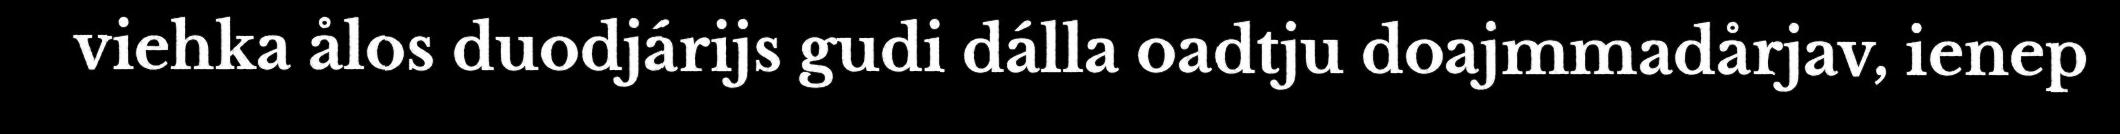
viehka ålos duodjárijs gudi dálla oadtju doajmmadårjav, ienep